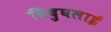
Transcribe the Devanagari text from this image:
विदुघलाई